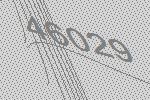
46029